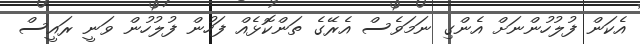
އެކަން ފުލުހުންނަށް އެންގި ނަމަވެސް އެރޭގެ ތަންކޮޅެއް ފަހުން ފުލުހުން ވަނީ ރައީސް